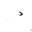
Letter: _dal